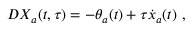
D X _ { a } ( t , \tau ) = - \theta _ { a } ( t ) + \tau { \dot { x } } _ { a } ( t ) \ ,